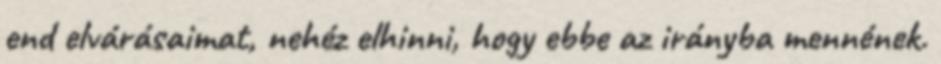
end elvárásaimat, nehéz elhinni, hogy ebbe az irányba mennének.